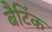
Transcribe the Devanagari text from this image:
बैटिंक